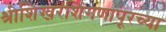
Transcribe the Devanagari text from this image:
श्रीशिखरशिंगणापूरच्या